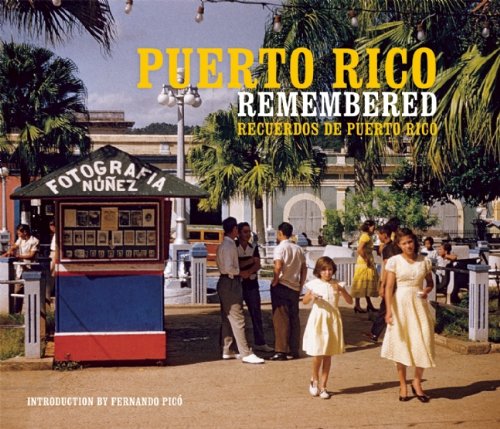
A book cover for Puerto Rico Remembered; Dr. Fernando Pico; History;